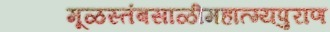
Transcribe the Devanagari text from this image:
मूळस्तंबसाळीमहात्म्यपुराण